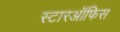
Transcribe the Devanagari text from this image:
स्टारऑफिस